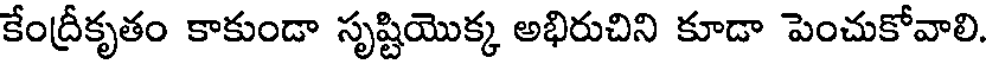
కేంద్రీకృతం కాకుండా సృష్టియొక్క అభిరుచిని కూడా పెంచుకోవాలి.